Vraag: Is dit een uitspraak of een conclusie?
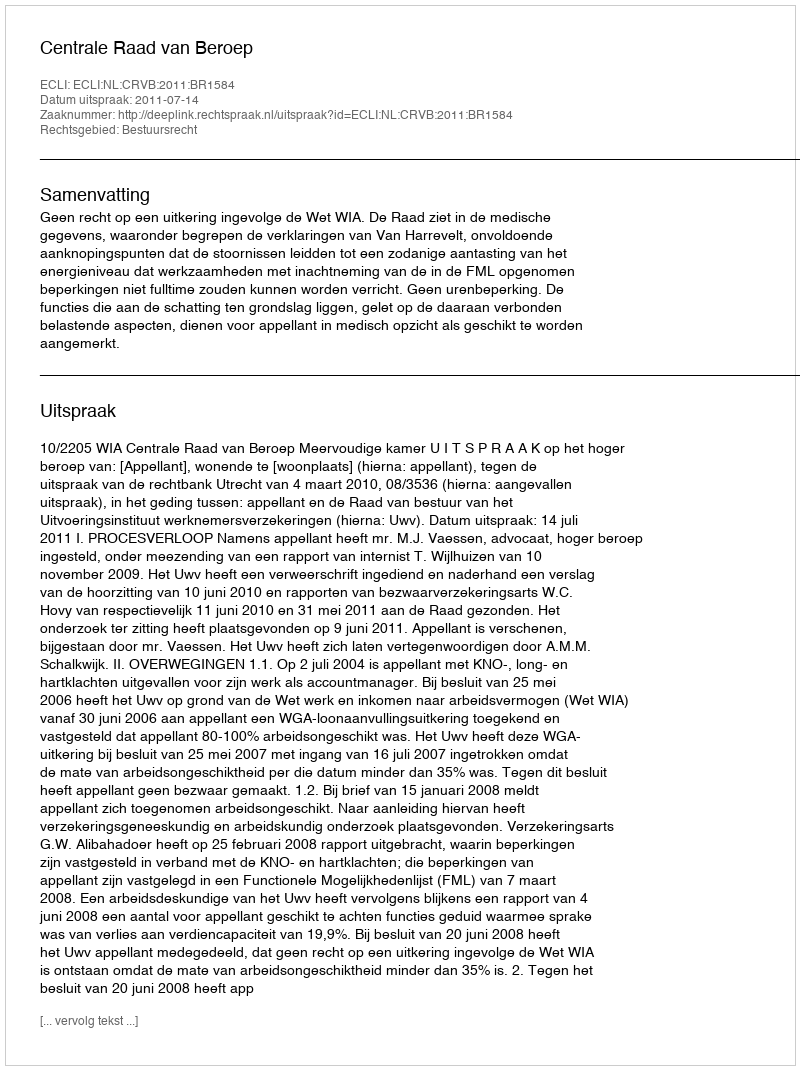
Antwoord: Uitspraak